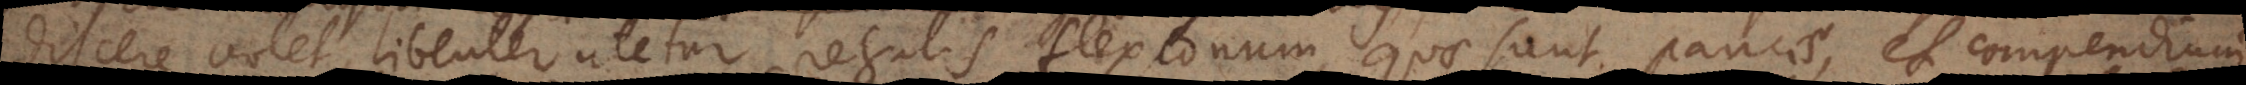
discere volet, libenter utetur regulis flexionum, quae sunt paucae, et compendium